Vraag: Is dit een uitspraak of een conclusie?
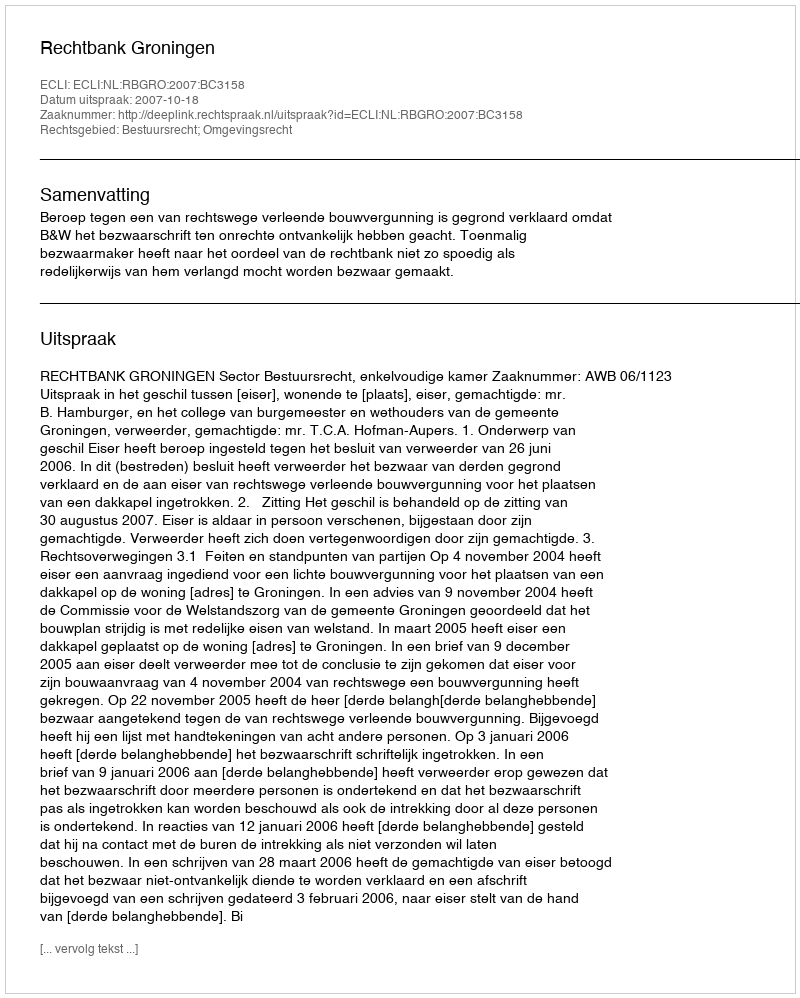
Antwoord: Uitspraak